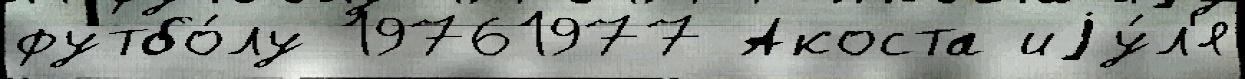
футбо́лу 19761977 Акоста иjу́л'я